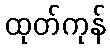
ထုတ်ကုန်